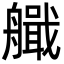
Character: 艥